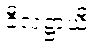
ခီလဋ္ဌာယီ